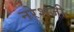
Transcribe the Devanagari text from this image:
नरेशजी